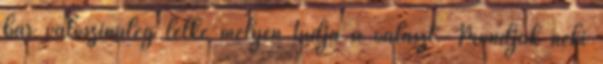
bár valószínűleg lelke mélyén tudja a választ. Mondjuk neki